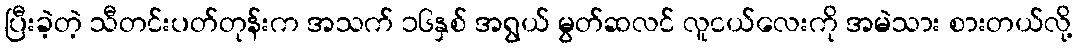
ပြီးခဲ့တဲ့ သီတင်းပတ်တုန်းက အသက် ၁၆နှစ် အရွယ် မွတ်ဆလင် လူငယ်လေးကို အမဲသား စားတယ်လို့